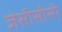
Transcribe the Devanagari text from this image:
जेसीसीसी